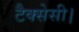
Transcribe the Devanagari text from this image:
टैक्सेसी।